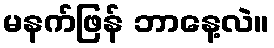
မနက်ဖြန် ဘာနေ့လဲ။